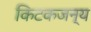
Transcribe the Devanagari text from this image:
किटकजन्य